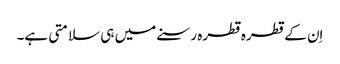
اِن کے قطرہ قطرہ رسنے میں ہی سلامتی ہے۔